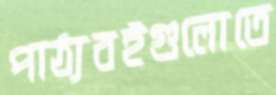
পাঠ্যবইগুলোতে